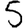
Digit: 5